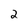
Character: 2